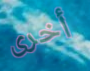
أخرى